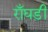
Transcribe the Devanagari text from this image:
राँघड़ी